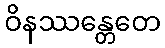
ဝိနဿန္တေတေ